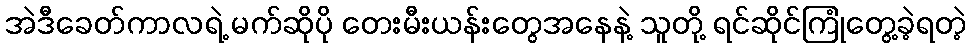
အဲဒီခေတ်ကာလရဲ့ မက်ဆိုပို တေးမီးယန်းတွေအနေနဲ့ သူတို့ ရင်ဆိုင်ကြုံတွေ့ခဲ့ရတဲ့